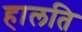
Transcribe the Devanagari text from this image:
हालति